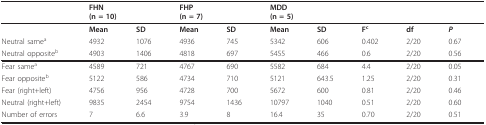
|  | <COLSPAN=2> FHN(n = 10) | <COLSPAN=2> FHP(n = 7) | <COLSPAN=2> MDD(n = 5) |  |  |  |
 | --- | --- | --- | --- | --- | --- | --- | --- | --- | --- |
 |  | Mean | SD | Mean | SD | Mean | SD | Fc | df | P |
 | Neutral samea | 4932 | 1076 | 4936 | 745 | 5342 | 606 | 0.402 | 2/20 | 0.67 |
 | Neutral oppositeb | 4903 | 1406 | 4818 | 697 | 5455 | 466 | 0.6 | 2/20 | 0.56 |
 | Fear samea | 4589 | 721 | 4767 | 690 | 5582 | 684 | 4.4 | 2/20 | 0.05 |
 | Fear oppositeb | 5122 | 586 | 4734 | 710 | 5121 | 643.5 | 1.25 | 2/20 | 0.31 |
 | Fear (right+left) | 4756 | 956 | 4728 | 700 | 5672 | 600 | 0.81 | 2/20 | 0.46 |
 | Neutral (right+left) | 9835 | 2454 | 9754 | 1436 | 10797 | 1040 | 0.51 | 2/20 | 0.60 |
 | Number of errors | 7 | 6.6 | 3.9 | 8 | 16.4 | 35 | 0.70 | 2/20 | 0.51 |